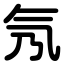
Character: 氖